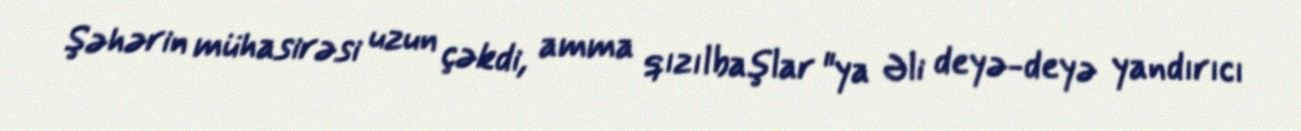
Şəhərin mühasirəsi uzun çəkdi, amma qızılbaşlar "ya Əli deyə-deyə yandırıcı